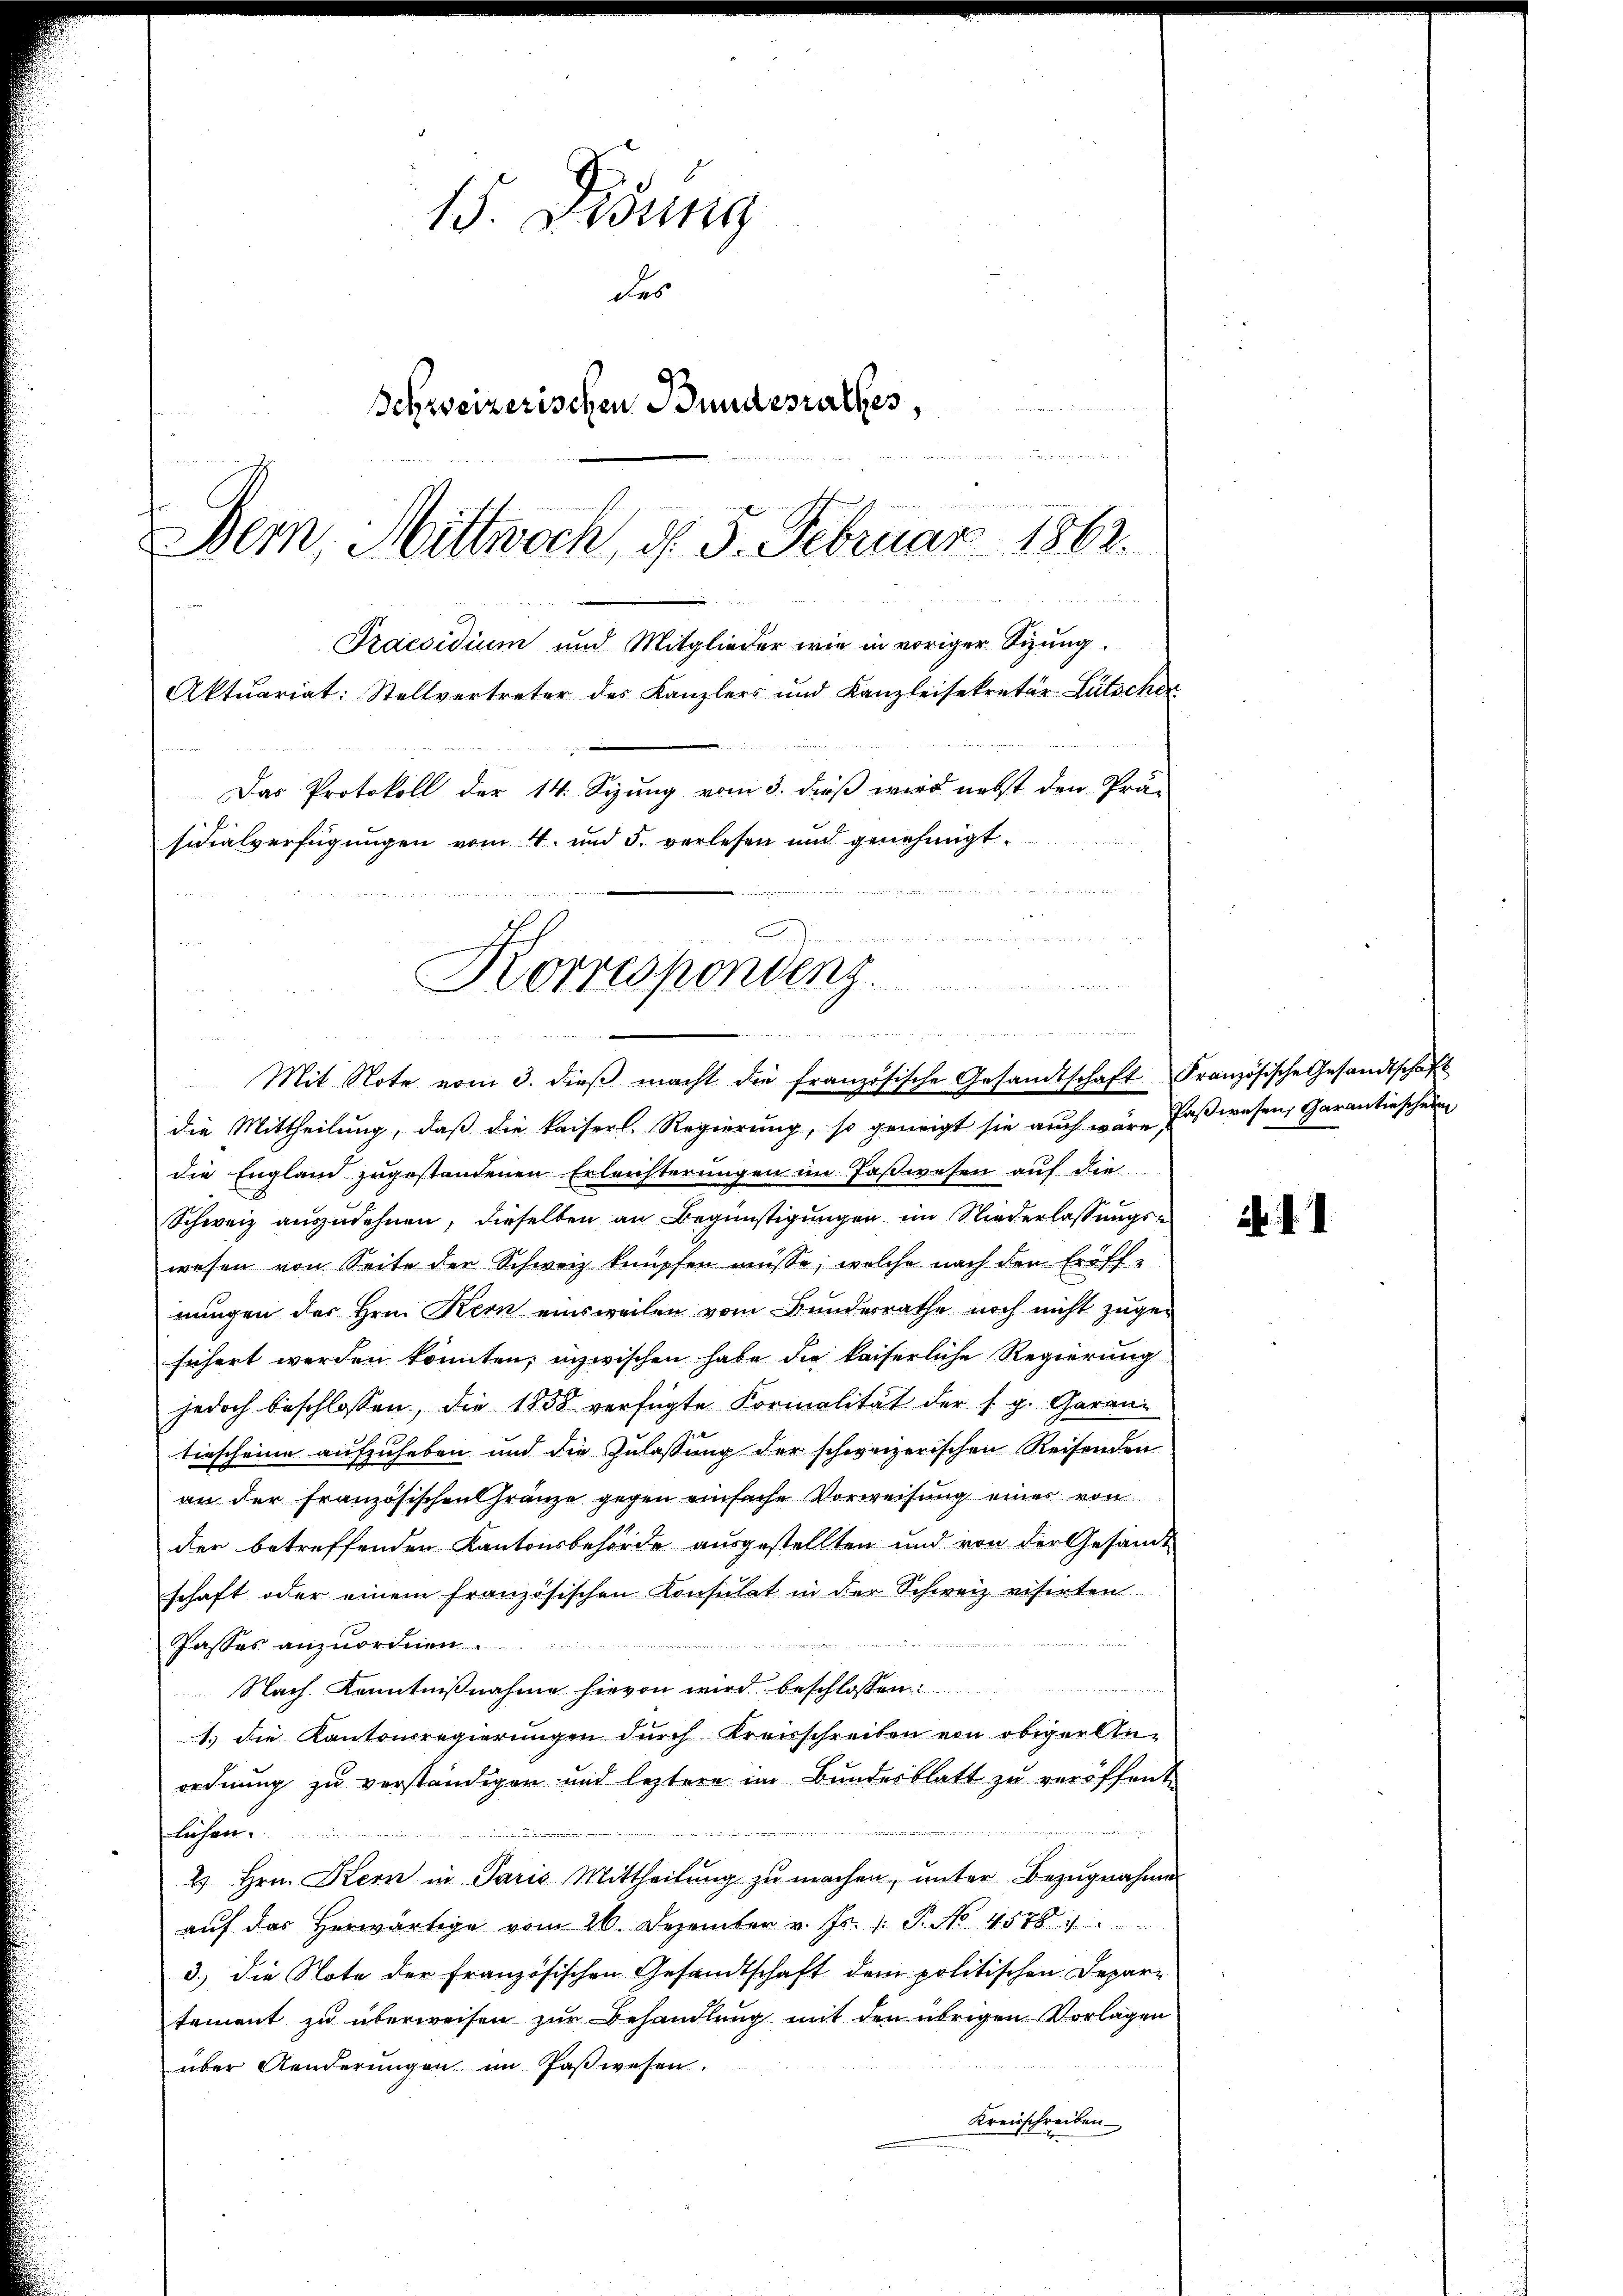
15. Sedung
des
Schweizerischen Bundesrathes,
u
Bern, Mittwoch, d. 5. Februar 1862.
ve 183
Praesidium und Mitglieder wie in voriger Sizung
Aktuariat: Stellvertreter des Kanzlers und Kanzleisekretär Lütscher
Das Protokoll der 14. Sizung vom 3. dieß wird nebst den Prä-
sidialverfügungen vom 4. und 5. verlesen und genehmigt.

u
Korrespondenz.

i
Mit Note vom 3. dieβ macht die französische Gesandtschaft Französische Gesandtschaft

die Mittheilung, daß die kaiserl. Regierung, so geneigt sie auch wäre faßwesen, Garantieschein
die England zugestandenen Erleichterungen im Faßwesen auf die
Schweiz auszudehnen, dieselben an Begünstigungen im Niederlassungswesen von Seite der Schweiz knüpfen müsse, welche nach den Eröff-
nungen der Hrn. Kern einsweilen vom Bunderrathe noch nicht zugefähert werden könnten, inzwischen habe die kaiserliche Regierung
jedoch beschlossen, die 1858 verfügte Formalität der s. g. Garan
tiescheine aufzuheben und die Zulassung der schweizerischen Reisenden
an der Französischen Franze gegen einfache Vorweisung einer von
der betreffenden Kantonsbehörde ausgestellten und von der Gesandt
schaft oder einem französischen Konsulat in der Schweiz visirten
Passes anzuordnen.
Nach Kenntnißnahme hievon wird beschlossen:
m
1.) Die Kantonsregierungen durch Kreisschreiben von obiger An-
ordnung zu verständigen und leztere in Bundesblatt zu veröffent
liehen.
2 Hrn. Kern in Paris Mittheilŭng zŭ machen, ŭnter Bezŭgnahme
auf das herwärtige vom 26. Dezember v. Js. v. P. No. 4578. 7
3.) Die Note der Französischen Gesandtschaft dem politischen Depar-
tement zu überweisen zur Behandlung mit den übrigen Vorlagen
über Aenderungen im Paßwesen.
Kreisschreiben

b. d. d.